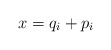
\begin{align*}x = q_i + p_i\end{align*}